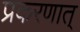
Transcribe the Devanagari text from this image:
प्रकरणात्‌